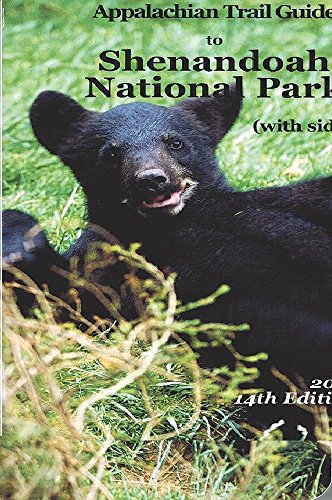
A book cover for Appalachian Trail Guide to Shenandoah National Park (Paperback); Travel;